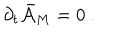
{ \partial } _ { t } \bar { \cal { A } } _ { M } = 0 \ .